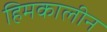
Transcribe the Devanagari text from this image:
हिमकालीन